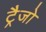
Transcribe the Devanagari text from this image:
ट्रैजो